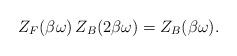
LaTeX: \begin{align*}Z_{F}(\beta\omega)\,Z_{B}(2\beta\omega)=Z_{B}(\beta\omega).\end{align*}